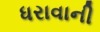
ધરાવાની